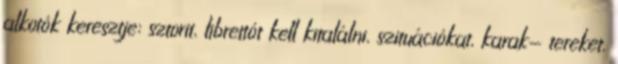
alkotók keresztje: sztorit, librettót kell kitalálni, szituációkat, karak- tereket,